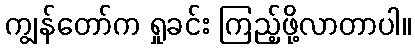
ကျွန်တော်က ရှုခင်း ကြည့်ဖို့လာတာပါ။